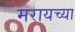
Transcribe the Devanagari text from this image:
मरायच्या